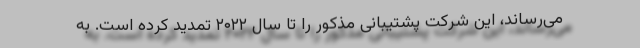
می‌رساند، این شرکت پشتیبانی مذکور را تا سال ۲۰۲۲ تمدید کرده است. به